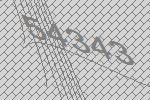
54343